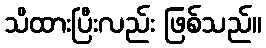
သိထားပြီးလည်း ဖြစ်သည်။